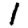
Digit: 1